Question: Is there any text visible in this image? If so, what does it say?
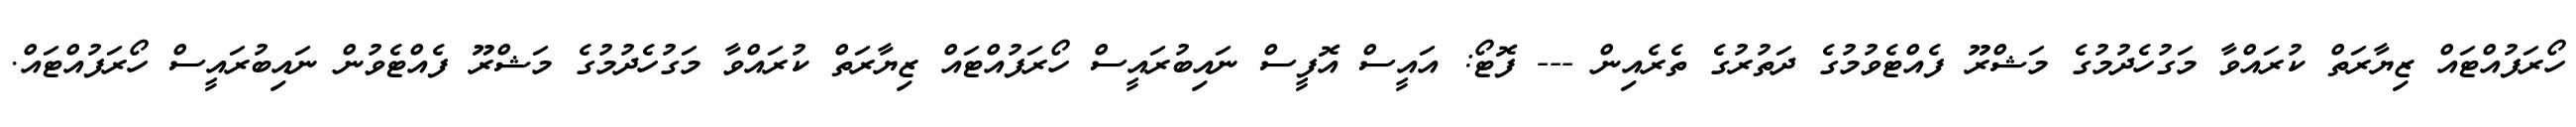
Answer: ހޯރަފުއްޓައް ޒިޔާރަތް ކުރައްވާ މަގުހެދުމުގެ މަޝްރޫ ފެއްޓެވުމުގެ ދަތުރުގެ ތެރެއިން --- ފޮޓޯ: އައީސް އޮފީސް ނައިބުރައީސް ހޯރަފުއްޓައް ޒިޔާރަތް ކުރައްވާ މަގުހެދުމުގެ މަޝްރޫ ފެއްޓެވުން ނައިބުރައީސް ހޯރަފުއްޓައް.